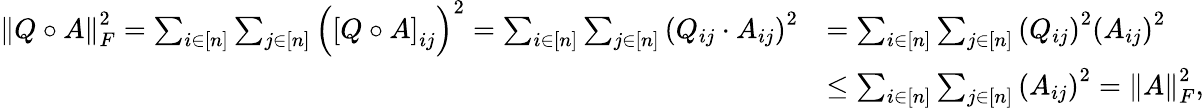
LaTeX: \begin{array}{rl}{\left\| Q\circ A\right\| _{F}^{2}=\sum_{i\in[n]}\sum_{j\in[n]}\left(\left[Q\circ A\right]_{ij}\right)^{2}=\sum_{i\in[n]}\sum_{j\in[n]}\left(Q_{ij}\cdot A_{ij}\right)^{2}}&{=\sum_{i\in[n]}\sum_{j\in[n]}\left(Q_{ij}\right)^{2}\left(A_{ij}\right)^{2}}\\ &{\leq\sum_{i\in[n]}\sum_{j\in[n]}\left(A_{ij}\right)^{2}=\left\| A\right\| _{F}^{2},}\end{array}